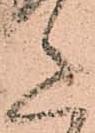
意